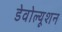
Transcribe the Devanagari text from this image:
डेवोल्यूशन